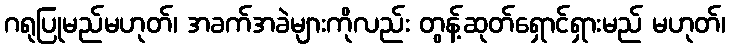
ဂရုပြုမည်မဟုတ်၊ အခက်အခဲများကိုလည်း တွန့်ဆုတ်ရှောင်ရှားမည် မဟုတ်၊